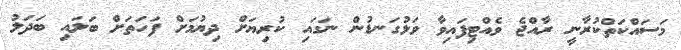
މަސައްކަތްކުރާނީ ރާއްޖެ ވެއްޓިފައިވާ ވަޅުގަނޑުން ނަގައި ކުރިޔަށް ދިޔުމަށް ފަހަތަށް ބަލައި ބަދަލު